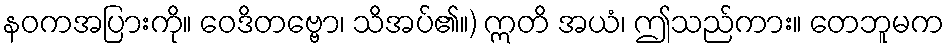
နဝကအပြားကို။ ဝေဒိတဗ္ဗော၊ သိအပ်၏။) ဣတိ အယံ၊ ဤသည်ကား။ တေဘူမက